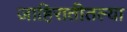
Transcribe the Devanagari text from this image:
जाहिरातीतल्या